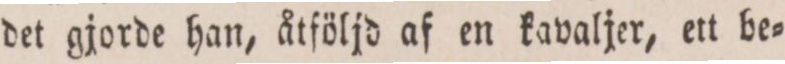
det gjorde han, åtföljd af en kavaljer, ett be=